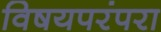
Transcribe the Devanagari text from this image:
विषयपरंपरा